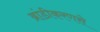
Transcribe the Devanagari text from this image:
ब्रांडीकरणसे